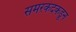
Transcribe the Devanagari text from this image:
समरकंदकडून